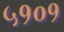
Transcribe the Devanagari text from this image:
५१०१